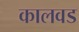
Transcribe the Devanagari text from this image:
कालवड